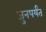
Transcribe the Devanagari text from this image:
जुनपर्यंत